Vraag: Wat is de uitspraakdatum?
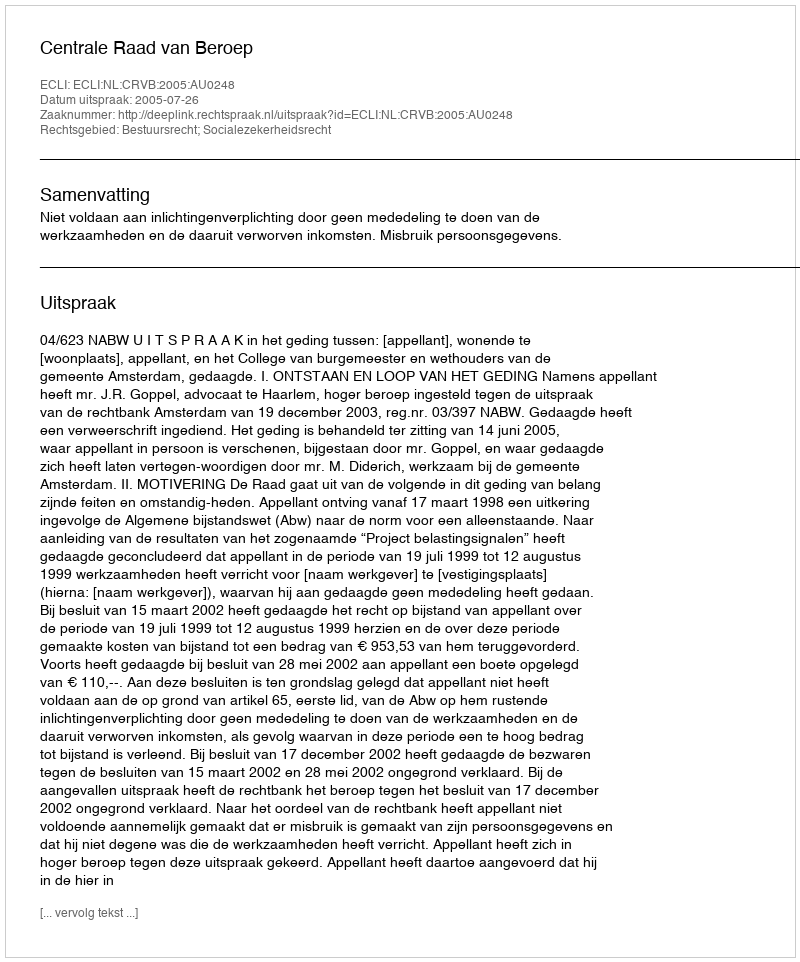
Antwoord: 2005-07-26